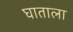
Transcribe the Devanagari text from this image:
घाताला